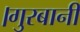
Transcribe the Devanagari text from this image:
।गुरबानी